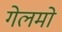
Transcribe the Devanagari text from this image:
गेलमो